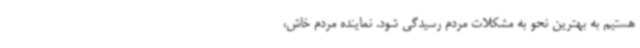
هستیم به بهترین نحو به مشکلات مردم رسیدگی شود. نماینده مردم خاش،